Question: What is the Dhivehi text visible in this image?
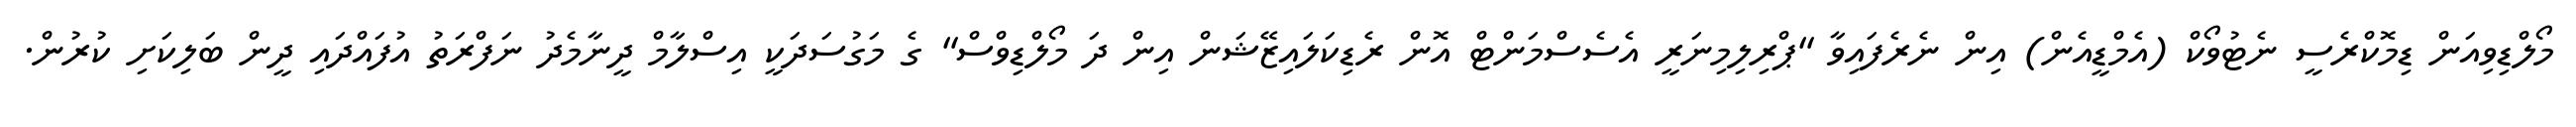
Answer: މޯލްޑިވިއަން ޑިމޮކްރެސީ ނެޓުވޯކް (އެމްޑީއެން) އިން ނެރެފައިވާ "ޕްރިލިމިނަރީ އެސެސްމަންޓް އޮން ރެޑިކަލައިޒޭޝަން އިން ދަ މޯލްޑިވްސް" ގެ މަގުސަދަކީ އިސްލާމް ދީނާމެދު ނަފްރަތު އުފައްދައި ދީން ބަލިކަށި ކުރުން.